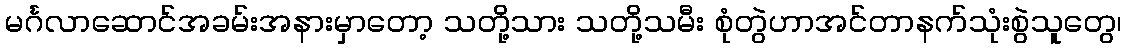
မင်္ဂလာဆောင်အခမ်းအနားမှာတော့ သတို့သား သတို့သမီး စုံတွဲဟာအင်တာနက်သုံးစွဲသူတွေ၊